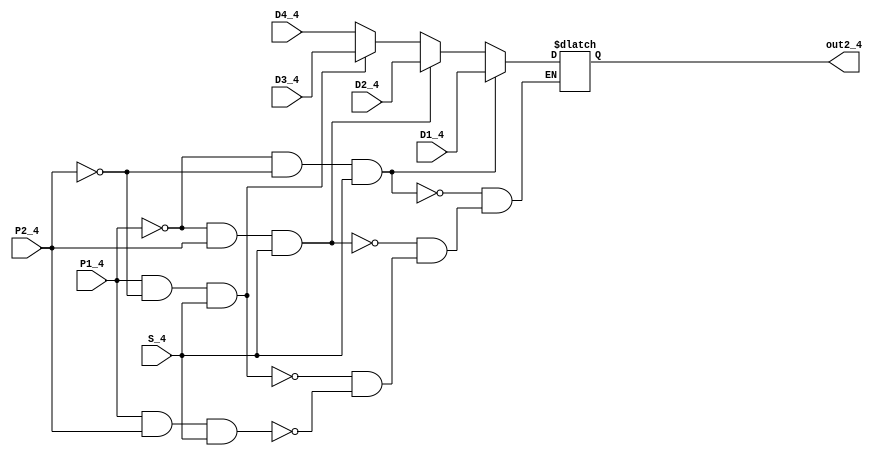
`timescale 1ns / 1ps
//////////////////////////////////////////////////////////////////////////////////
// Company: 
// Engineer: 
// 
// Design Name: 
// Module Name: Data_selector4
// Project Name: 
// Target Devices: 
// Tool Versions: 
// Description: 
// 
// Dependencies: 
// 
// Revision:
// Revision 0.01 - File Created
// Additional Comments:
// 
//////////////////////////////////////////////////////////////////////////////////


module Data_selector4 #(parameter WIDTH=4)(D1_4,D2_4,D3_4,D4_4,P1_4,P2_4,S_4,out2_4);
input [WIDTH-1:0] D1_4;
input [WIDTH-1:0] D2_4;
input [WIDTH-1:0] D3_4;
input [WIDTH-1:0] D4_4;
input  S_4;
input  P1_4;
input  P2_4;
output reg [WIDTH-1:0] out2_4;
always @ * 
begin
if     (((~P1_4)&(~P2_4))&S_4)  out2_4<=D1_4;
else if(((~P1_4)&P2_4)&S_4)     out2_4<=D2_4;
else if((P1_4&(~P2_4))&S_4)     out2_4<=D3_4;
else if((P1_4&P2_4)&S_4)        out2_4<=D4_4;
end
endmodule